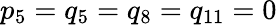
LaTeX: p_{5}=q_{5}=q_{8}=q_{11}=0